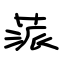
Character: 蒎